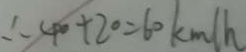
\therefore 4 0 + 2 0 = 6 0 k m / h